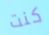
كنت